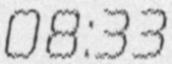
08:33